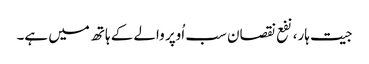
جیت ہار، نفع نقصان سب اُوپر والے کے ہاتھ میں ہے۔